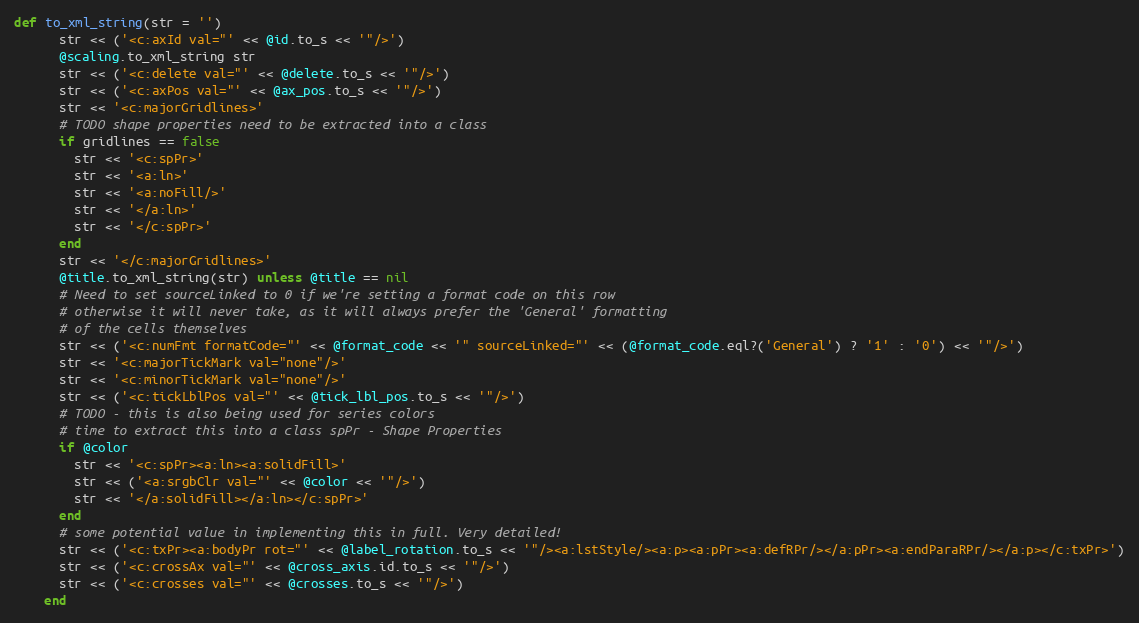
Language: Ruby
def to_xml_string(str = '')
      str << ('<c:axId val="' << @id.to_s << '"/>')
      @scaling.to_xml_string str
      str << ('<c:delete val="' << @delete.to_s << '"/>')
      str << ('<c:axPos val="' << @ax_pos.to_s << '"/>')
      str << '<c:majorGridlines>'
      # TODO shape properties need to be extracted into a class
      if gridlines == false
        str << '<c:spPr>'
        str << '<a:ln>'
        str << '<a:noFill/>'
        str << '</a:ln>'
        str << '</c:spPr>'
      end
      str << '</c:majorGridlines>'
      @title.to_xml_string(str) unless @title == nil
      # Need to set sourceLinked to 0 if we're setting a format code on this row
      # otherwise it will never take, as it will always prefer the 'General' formatting
      # of the cells themselves
      str << ('<c:numFmt formatCode="' << @format_code << '" sourceLinked="' << (@format_code.eql?('General') ? '1' : '0') << '"/>')
      str << '<c:majorTickMark val="none"/>'
      str << '<c:minorTickMark val="none"/>'
      str << ('<c:tickLblPos val="' << @tick_lbl_pos.to_s << '"/>')
      # TODO - this is also being used for series colors
      # time to extract this into a class spPr - Shape Properties
      if @color
        str << '<c:spPr><a:ln><a:solidFill>'
        str << ('<a:srgbClr val="' << @color << '"/>')
        str << '</a:solidFill></a:ln></c:spPr>'
      end
      # some potential value in implementing this in full. Very detailed!
      str << ('<c:txPr><a:bodyPr rot="' << @label_rotation.to_s << '"/><a:lstStyle/><a:p><a:pPr><a:defRPr/></a:pPr><a:endParaRPr/></a:p></c:txPr>')
      str << ('<c:crossAx val="' << @cross_axis.id.to_s << '"/>')
      str << ('<c:crosses val="' << @crosses.to_s << '"/>')
    end